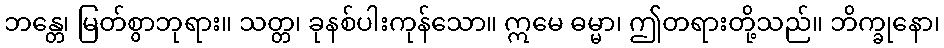
ဘန္တေ၊ မြတ်စွာဘုရား။ သတ္တ၊ ခုနစ်ပါးကုန်သော။ ဣမေ ဓမ္မာ၊ ဤတရားတို့သည်။ ဘိက္ခုနော၊